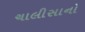
ચાલીસાનો